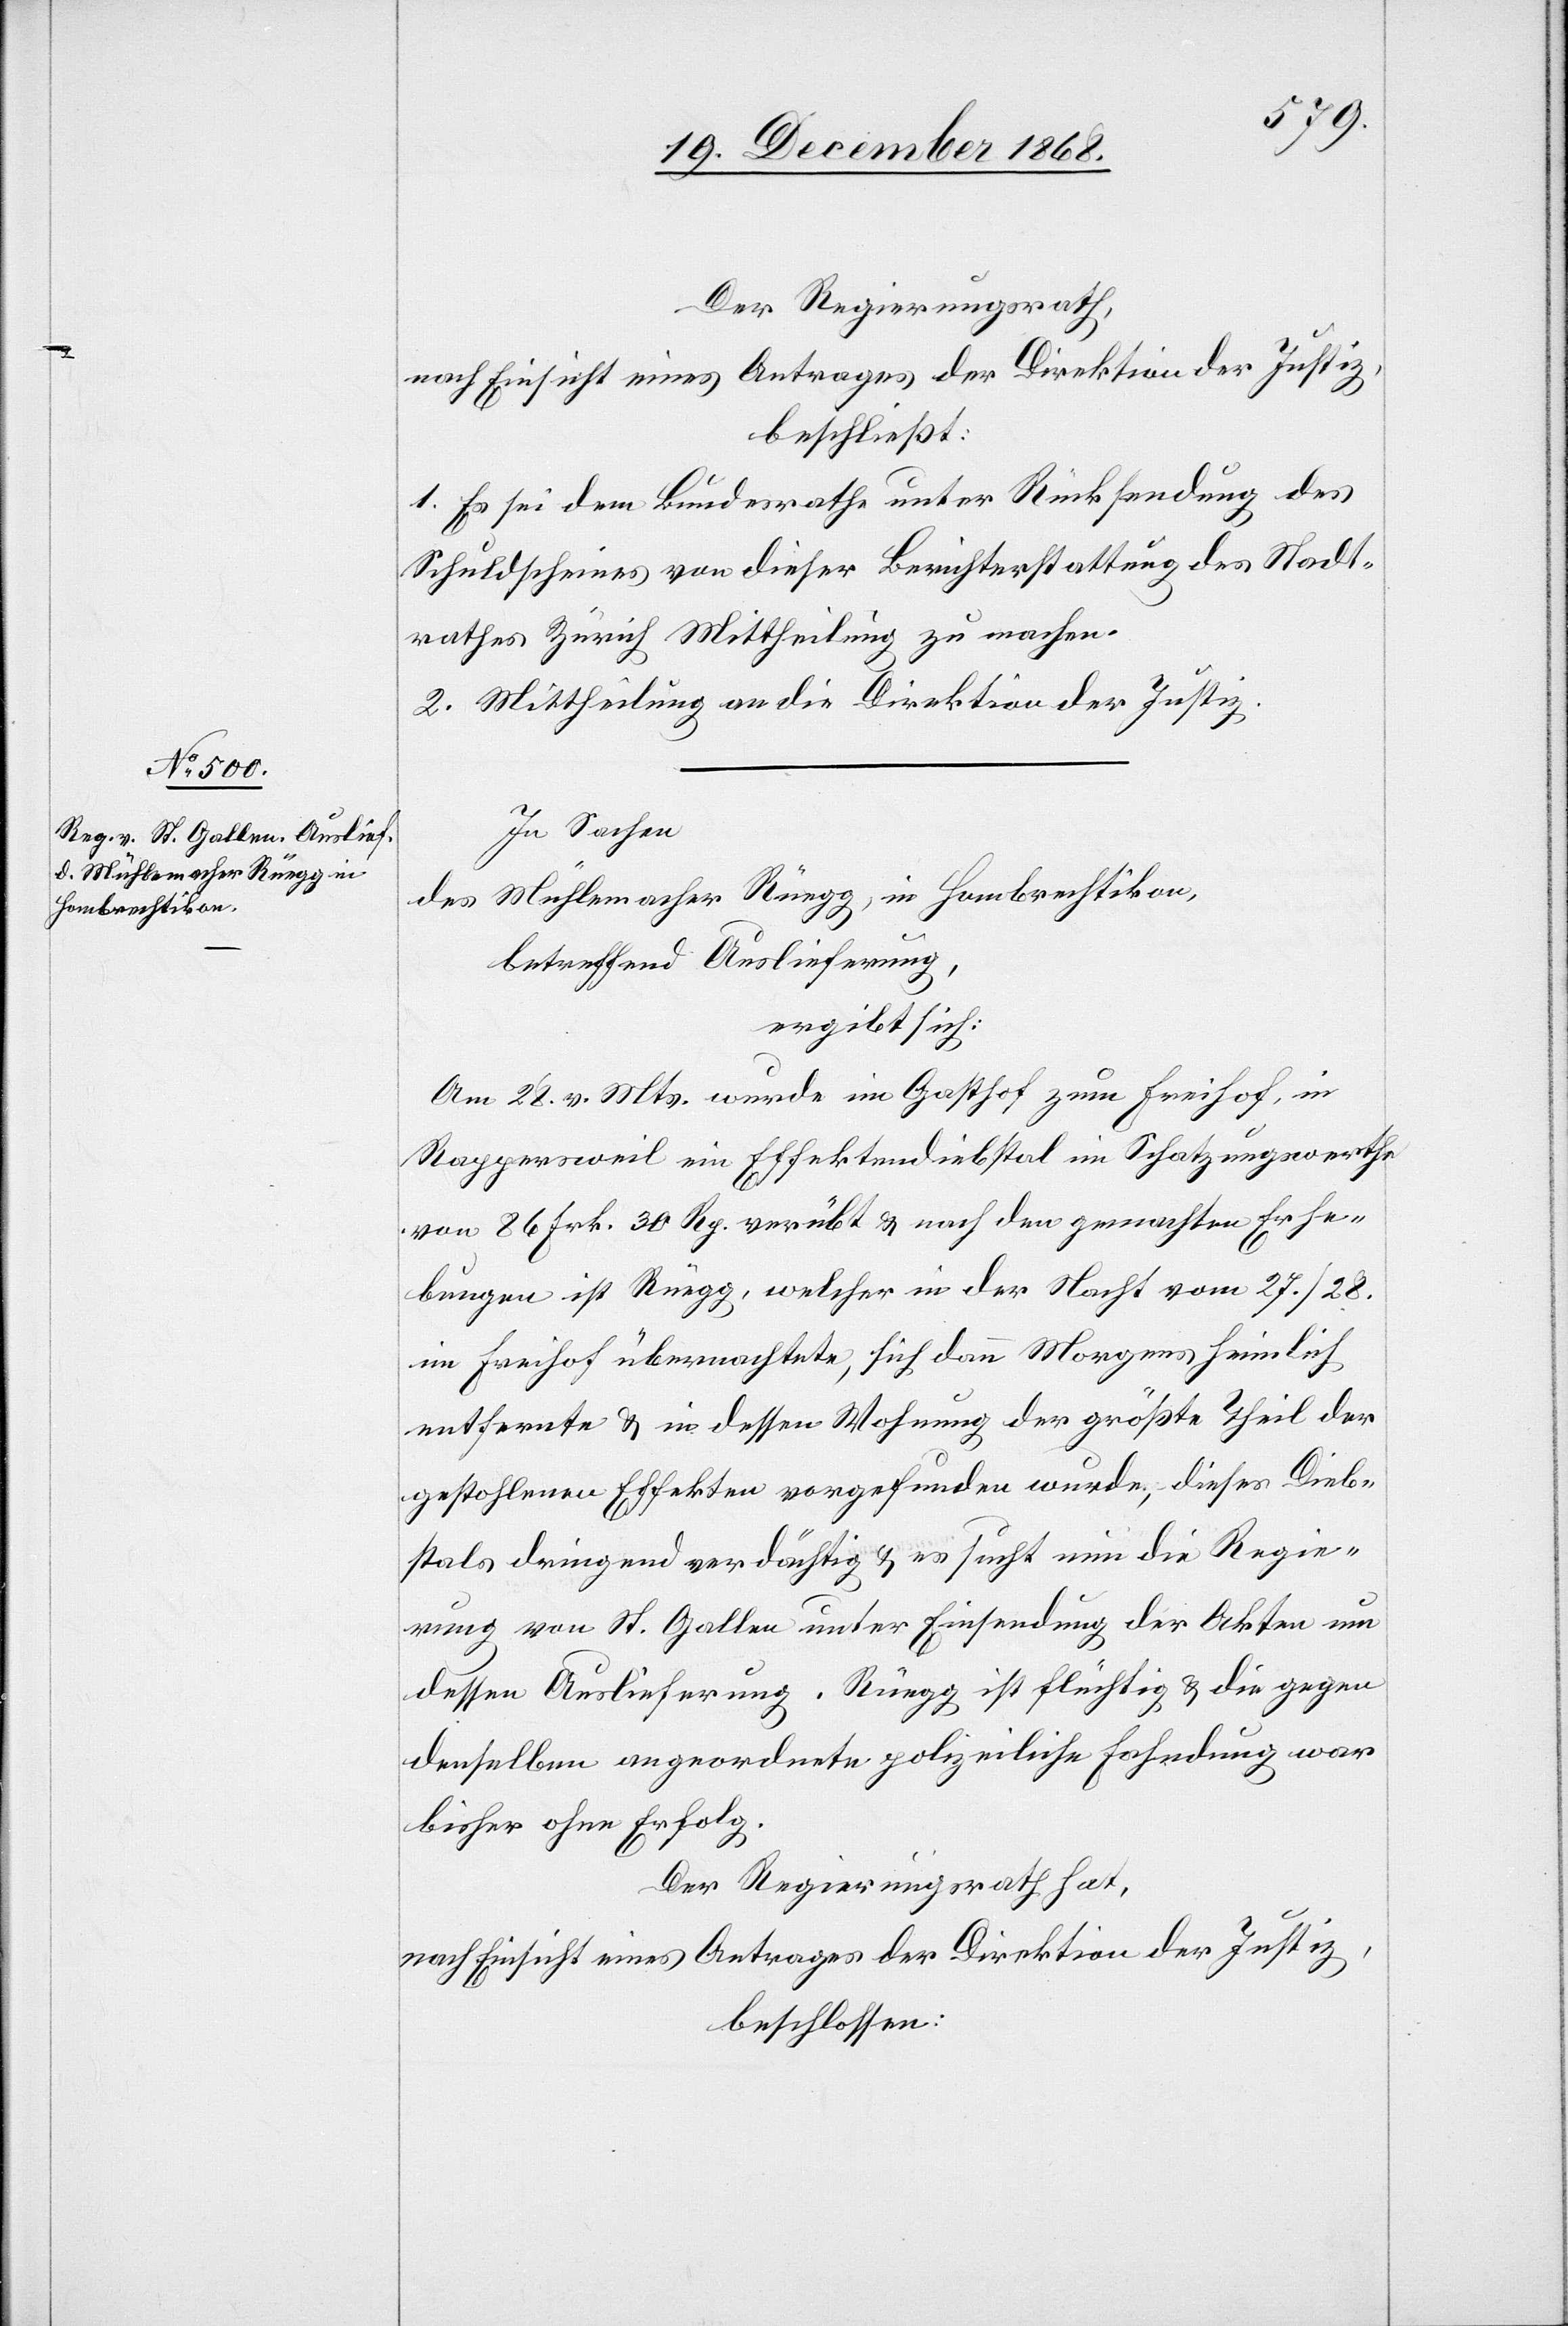
Der Regierungsrath,
nach Einsicht eines Antrages der Direktion der Justiz,
beschließt:
1. Es sei dem Bundesrathe unter Rücksendung des
Schuldscheines von dieser Berichterstattung des Stadt¬
rathes Zürich Mittheilung zu machen.
2. Mittheilung an die Direktion der Justiz.
In Sachen
des Mühlemacher Rüegg, in Hombrechtikon,
betreffend Auslieferung,
ergibt sich:
Am 28. v. Mts. wurde im Gasthof zum Freihof, in
Rappersweil ein Effektendiebstal im Schatzungswerthe
von 86 Frk. 30 Rp. verübt & nach den gemachten Erhe¬
bungen ist Rüegg, welcher in der Nacht vom 27./28.
im Freihof übernachtete, sich dann Morgens heimlich
entfernte & in dessen Wohnung der größte Theil der
gestohlenen Effekten vorgefunden wurde, dieses Dieb¬
stals dringend verdächtig & es sucht nun die Regie¬
rung von St. Gallen unter Einsendung der Akten um
dessen Auslieferung [nach]. Rüegg ist flüchtig & die gegen
denselben angeordnete polizeiliche Fahndung war
bisher ohne Erfolg.
Der Regierungsrath hat,
nach Einsicht eines Antrages der Direktion der Justiz,
beschlossen: